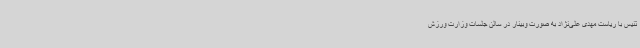
تنیس با ریاست مهدی علی‌نژاد به صورت وبینار در سالن جلسات وزارت ورزش